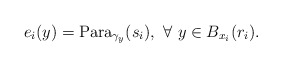
\begin{align*}e_i(y)={\rm Para}_{\gamma_y}(s_i), ~\forall~y\in B_{x_i}(r_i).\end{align*}